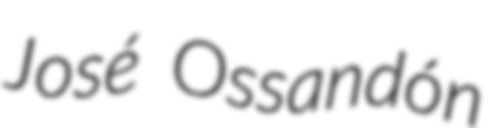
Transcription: José Ossandón